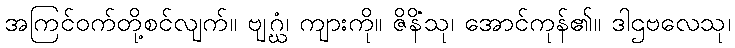
အကြင်ဝက်တို့စင်လျက်။ ဗျဂ္ဃံ၊ ကျားကို။ ဇိနိံသု၊ အောင်ကုန်၏။ ဒါဌဗလေသု၊